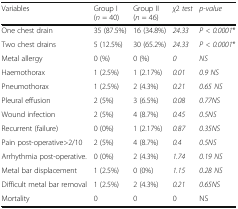
| Variables | Group I(n = 40) | Group II(n = 46) | χ2 test | p-value |
 | --- | --- | --- | --- | --- |
 | One chest drain | 35 (87.5%) | 16 (34.8%) | 24.33 | P < 0.0001* |
 | Two chest drains | 5 (12.5%) | 30 (65.2%) | 24.33 | P < 0.0001* |
 | Metal allergy | 0 (%) | 0 (%) | 0 | NS |
 | Haemothorax | 1 (2.5%) | 1 (2.17%) | 0.01 | 0.9 NS |
 | Pneumothorax | 1 (2.5%) | 2 (4.3%) | 0.21 | 0.65 NS |
 | Pleural effusion | 2 (5%) | 3 (6.5%) | 0.08 | 0.77NS |
 | Wound infection | 2 (5%) | 4 (8.7%) | 0.45 | 0.5NS |
 | Recurrent (failure) | 0 (0%) | 1 (2.17%) | 0.87 | 0.35NS |
 | Pain post-operative>2/10 | 2 (5%) | 4 (8.7%) | 0.4 | 0.5NS |
 | Arrhythmia post-operative. | 0 (0%) | 2 (4.3%) | 1.74 | 0.19 NS |
 | Metal bar displacement | 1 (2.5%) | 0 (0%) | 1.15 | 0.28 NS |
 | Difficult metal bar removal | 1 (2.5%) | 2 (4.3%) | 0.21 | 0.65NS |
 | Mortality | 0 | 0 | 0 | NS |